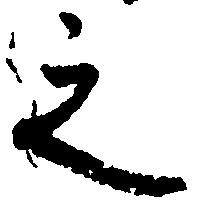
之